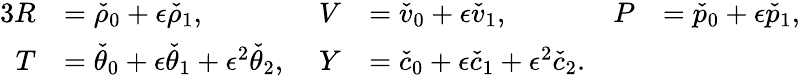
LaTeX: \begin{array}{rlrlrl}{{3}R}&{=\check{\rho}_{0}+\epsilon\check{\rho}_{1},}&{V}&{=\check{v}_{0}+\epsilon\check{v}_{1},\; }&{P}&{=\check{p}_{0}+\epsilon\check{p}_{1},}\\ {T}&{=\check{\theta}_{0}+\epsilon\check{\theta}_{1}+\epsilon^{2}\check{\theta}_{2},\; }&{Y}&{=\check{c}_{0}+\epsilon\check{c}_{1}+\epsilon^{2}\check{c}_{2}.}&&{}\end{array}